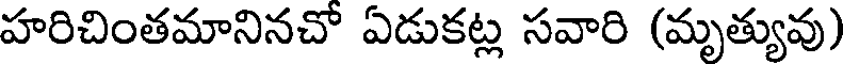
హరిచింతమానినచో ఏడుకట్ల సవారి (మృత్యువు)